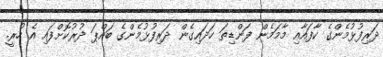
ދަރިފުޅުމެންގެ ކާފައާއި މާމަމެން ފަންޑިތަ ހަދައިގެން ދަރިފުޅުމެންގެ ބައްޕަ ދުރުކޮށްފައި އެ ހުރީ.